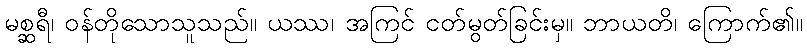
မစ္ဆရီ၊ ဝန်တိုသောသူသည်။ ယဿ၊ အကြင် ငတ်မွတ်ခြင်းမှ။ ဘာယတိ၊ ကြောက်၏။